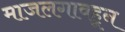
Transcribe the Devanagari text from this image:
माजलगावहून